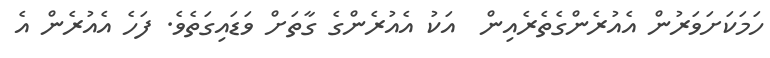
ހަމަކަށަވަރުން އެއުރެންގެތެރެއިން  އަކު އެއުރެންގެ ގާތަށް ވަޑައިގަތެވެ. ފަހެ އެއުރެން އެ